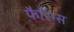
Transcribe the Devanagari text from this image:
फैरिंग्स